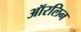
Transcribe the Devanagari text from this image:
ऑरलिन